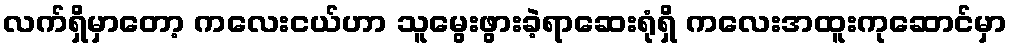
လက်ရှိမှာတော့ ကလေးငယ်ဟာ သူမွေးဖွားခဲ့ရာဆေးရုံရှိ ကလေးအထူးကုဆောင်မှာ